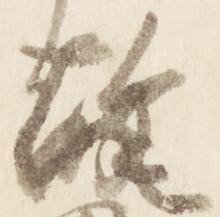
故